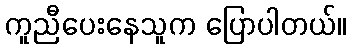
ကူညီပေးနေသူက ပြောပါတယ်။